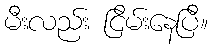
မီးလည်း ငြိမ်းနေပြီ။